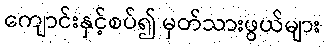
ကျောင်းနှင့်စပ်၍ မှတ်သားဖွယ်များ